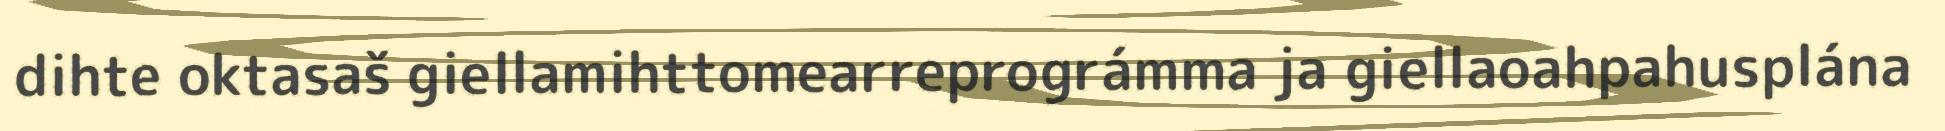
dihte oktasaš giellamihttomearreprográmma ja giellaoahpahusplána